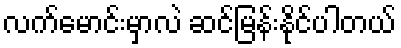
လက်မောင်းမှာလဲ ဆင်မြန်းနိုင်ပါတယ်